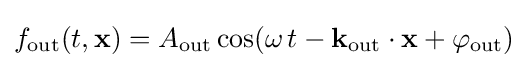
\displaystyle f_{\mathrm {out} }(t,\mathbf {x} )=A_{\mathrm {out} }\cos(\omega \,t-\mathbf {k} _{\mathrm {out} }\cdot \mathbf {x} +\varphi _{\mathrm {out} })